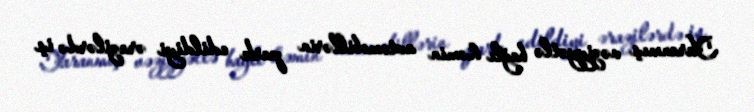
Yaranmış vəziyyətlə bağlı həmin avtomobillərin park edildiyi ərazilərdə iş